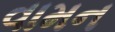
વામન